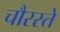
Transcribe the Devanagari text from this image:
चौरस्ते